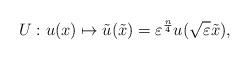
LaTeX: \begin{align*}U: u(x)\mapsto \tilde u(\tilde x)=\varepsilon^{\frac{n}{4}}u(\sqrt{\varepsilon}\tilde x),\end{align*}